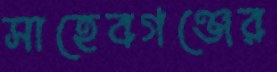
সাহেবগঞ্জের